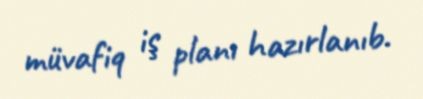
müvafiq iş planı hazırlanıb.